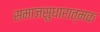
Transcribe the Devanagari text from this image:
समाजसुधारात्मक